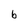
Character: b